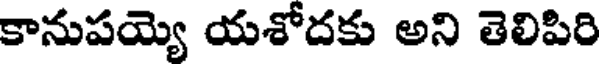
కానుపయ్యె యశోదకు అని తెలిపిరి